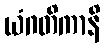
ယံဂတိကာနိ